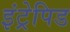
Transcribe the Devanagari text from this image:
इंट्रेपिड